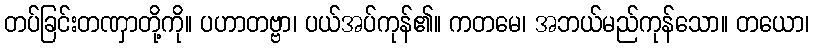
တပ်ခြင်းတဏှာတို့ကို။ ပဟာတဗ္ဗာ၊ ပယ်အပ်ကုန်၏။ ကတမေ၊ အဘယ်မည်ကုန်သော။ တယော၊